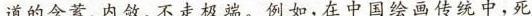
道的含蓄、内敛、不走极端。例如，在中国绘画传统中，死